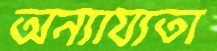
অন্যায্যতা